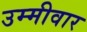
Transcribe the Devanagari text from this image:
उम्मीवार